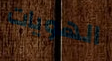
الهويات